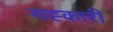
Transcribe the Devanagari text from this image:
सह्कारी